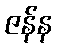
ဇန်န